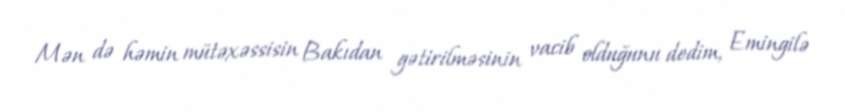
Mən də həmin mütəxəssisin Bakıdan gətirilməsinin vacib olduğunu dedim, Emingilə